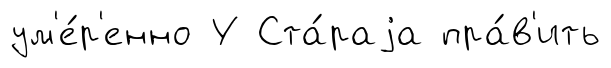
ум'е́р'енно У Ста́раjа пра́в'ить